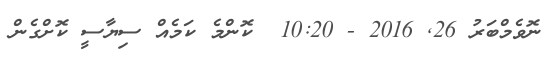
ނޮވެމްބަރު 26